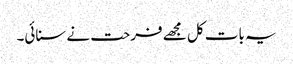
یہ بات کل مجھے فرحت نے سنائی۔